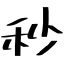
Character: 秒